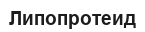
Липопротеид